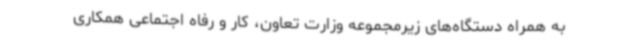
به همراه دستگاه‌های زیرمجموعه وزارت تعاون، کار و رفاه اجتماعی همکاری